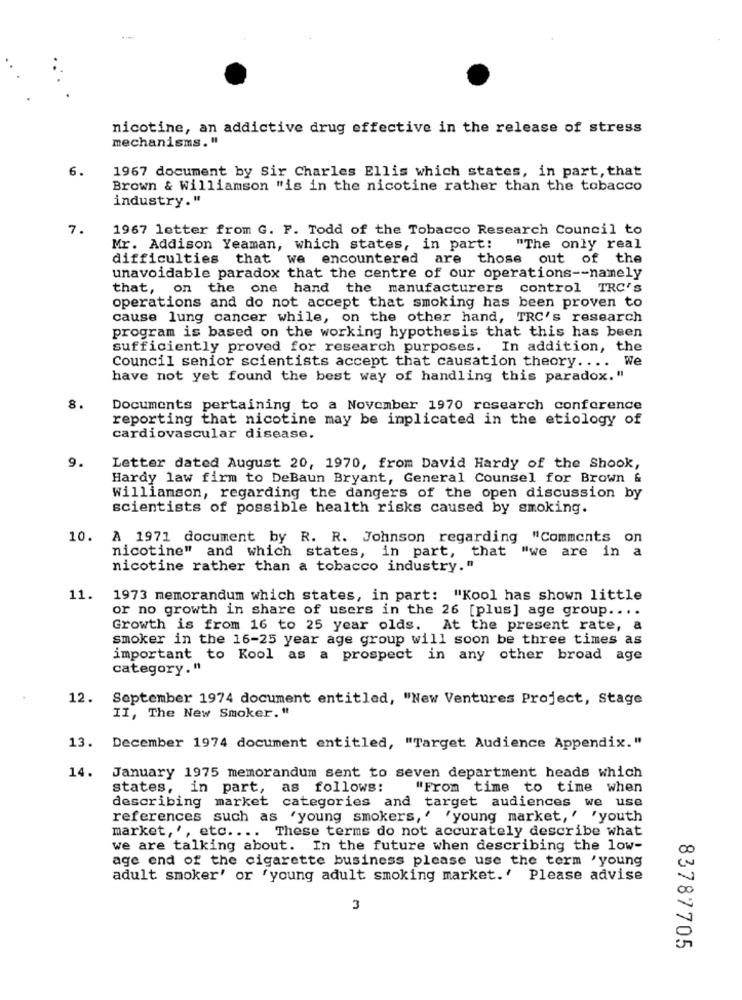
nicotine, an addictive drug effective in the release of stress
mechanisms."
6.
1967 document by Sir Charles Ellis which states, in part, that
Brown & Williamson "is in the nicotine rather than the tobacco
industry."
7.
1967 letter from G. F. Todd of the Tobacco Research Council to
Mr. Addison Yeaman, which states, in part: "The only real
difficulties that we encountered are those out of the
unavoidable paradox that the centre of our operations -- namely
that, on the
one hand the manufacturers control TRC'S
operations and do not accept that smoking has been proven to
cause lung cancer while, on the other hand, TRC's research
program is based on the working hypothesis that this has been
sufficiently proved for research purposes. In addition, the
Council senior scientists accept that causation theory .... We
have not yet found the best way of handling this paradox."
8.
Documents pertaining to a November 1970 research conference
reporting that nicotine may be implicated in the etiology of
cardiovascular disease.
9.
Letter dated August 20, 1970, from David Hardy of the Shook,
Hardy law firm to DeBaun Bryant, General Counsel for Brown &
Williamson, regarding the dangers of the open discussion by
scientists of possible health risks caused by smoking.
10. A 1971 document by R. R. Johnson regarding "Comments on
nicotine" and which states, in part, that "we are in a
nicotine rather than a tobacco industry."
11.
1973 memorandum which states, in part: "Kool has shown little
or no growth in share of users in the 26 [plus] age group ....
Growth is from 16 to 25 year olds. At the present rate, a
smoker in the 16-25 year age group will soon be three times as
important to Kool as a prospect in any other broad age
category."
12.
September 1974 document entitled, "New Ventures Project, Stage
II, The New Smoker."
13.
December 1974 document entitled, "Target Audience Appendix."
14.
January 1975 memorandum sent to seven department heads which
states, in part, as follows:
"From time to time when
describing market categories and target audiences we use
references such as 'young smokers, ' 'young market, ' 'youth
market, ', etc .... These terms do not accurately describe what
we are talking about. In the future when describing the low-
age end of the cigarette business please use the term 'young
adult smoker' or 'young adult smoking market.' Please advise
3
83787705